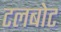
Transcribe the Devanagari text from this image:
टलबोट